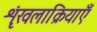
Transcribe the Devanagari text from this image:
शृंखलाक्रियाएँ